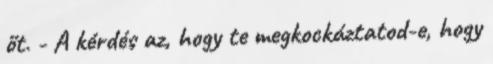
őt. - A kérdés az, hogy te megkockáztatod-e, hogy